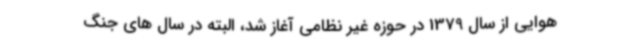
هوایی از سال 1379 در حوزه غیر نظامی آغاز شد، البته در سال های جنگ